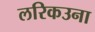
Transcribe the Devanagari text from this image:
लरिकउना